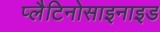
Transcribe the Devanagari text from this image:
प्लैटिनोसाइनाइड